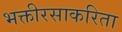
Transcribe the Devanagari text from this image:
भक्तीरसाकरिता